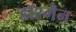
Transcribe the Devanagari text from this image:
डॉरमैन